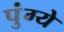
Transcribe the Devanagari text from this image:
पुंग्ये